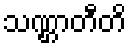
သဏ္ဌာတီတိ